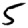
Digit: 5